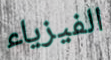
الفيزياء